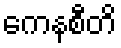
ကေနစီတိ